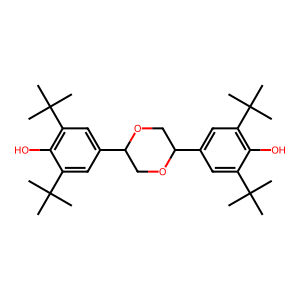
SMILES: CC(C)(C)c1cc(C2COC(c3cc(C(C)(C)C)c(O)c(C(C)(C)C)c3)CO2)cc(C(C)(C)C)c1O
Inhibits HIV replication: No